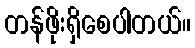
တန်ဖိုးရှိစေပါတယ်။